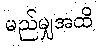
မည်မျှအထိ